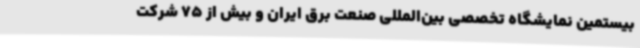
بیستمین نمایشگاه تخصصی بین‌المللی صنعت برق ایران و بیش از 75 شرکت